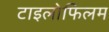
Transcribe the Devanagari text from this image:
टाइलोफिलम